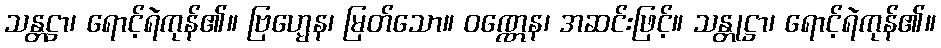
သန္တဋ္ဌာ၊ ရောင့်ရဲကုန်၏။ ဗြဟ္မေန၊ မြတ်သော။ ဝဏ္ဏေန၊ အဆင်းဖြင့်။ သန္တုဋ္ဌာ၊ ရောင့်ရဲကုန်၏။